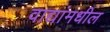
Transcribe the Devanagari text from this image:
वाद्यांमधील